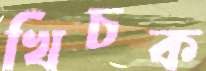
খিচক